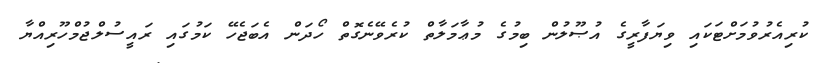
ކުރިއެރުވުމަށްޓަކައި ވިޔަފާރީގެ އުޞޫލުން ބިމުގެ މުޢާމަލާތް ކުރެވޭނެގޮތް ހޯދަން އެބަޖެހޭ ކަމުގައި ރައީސުލްޖުމްހޫރިއްޔާ